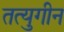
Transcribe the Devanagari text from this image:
तत्युगीन